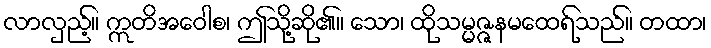
လာလှည့်။ ဣတိအဝေါစ၊ ဤသို့ဆို၏။ သော၊ ထိုသမ္မဇ္ဇနမထေရ်သည်။ တထာ၊